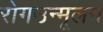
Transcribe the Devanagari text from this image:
रोगउन्मूलन